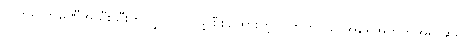
လက်ရှိ ကုမ္ပဏီအသီးသီးက လွှတ်တင်ဖို့ စီစဉ်ထားတဲ့ ဂြိုဟ်တုငယ် အရေအတွက်အရ ဆိုရင်